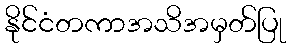
နိုင်ငံတကာအသိအမှတ်ပြု